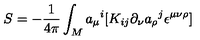
S = - { \frac { 1 } { 4 \pi } } \int _ { M } { a _ { \mu } } ^ { i } [ K _ { i j } \partial _ { \nu } { a _ { \rho } } ^ { j } \epsilon ^ { \mu \nu \rho } ]